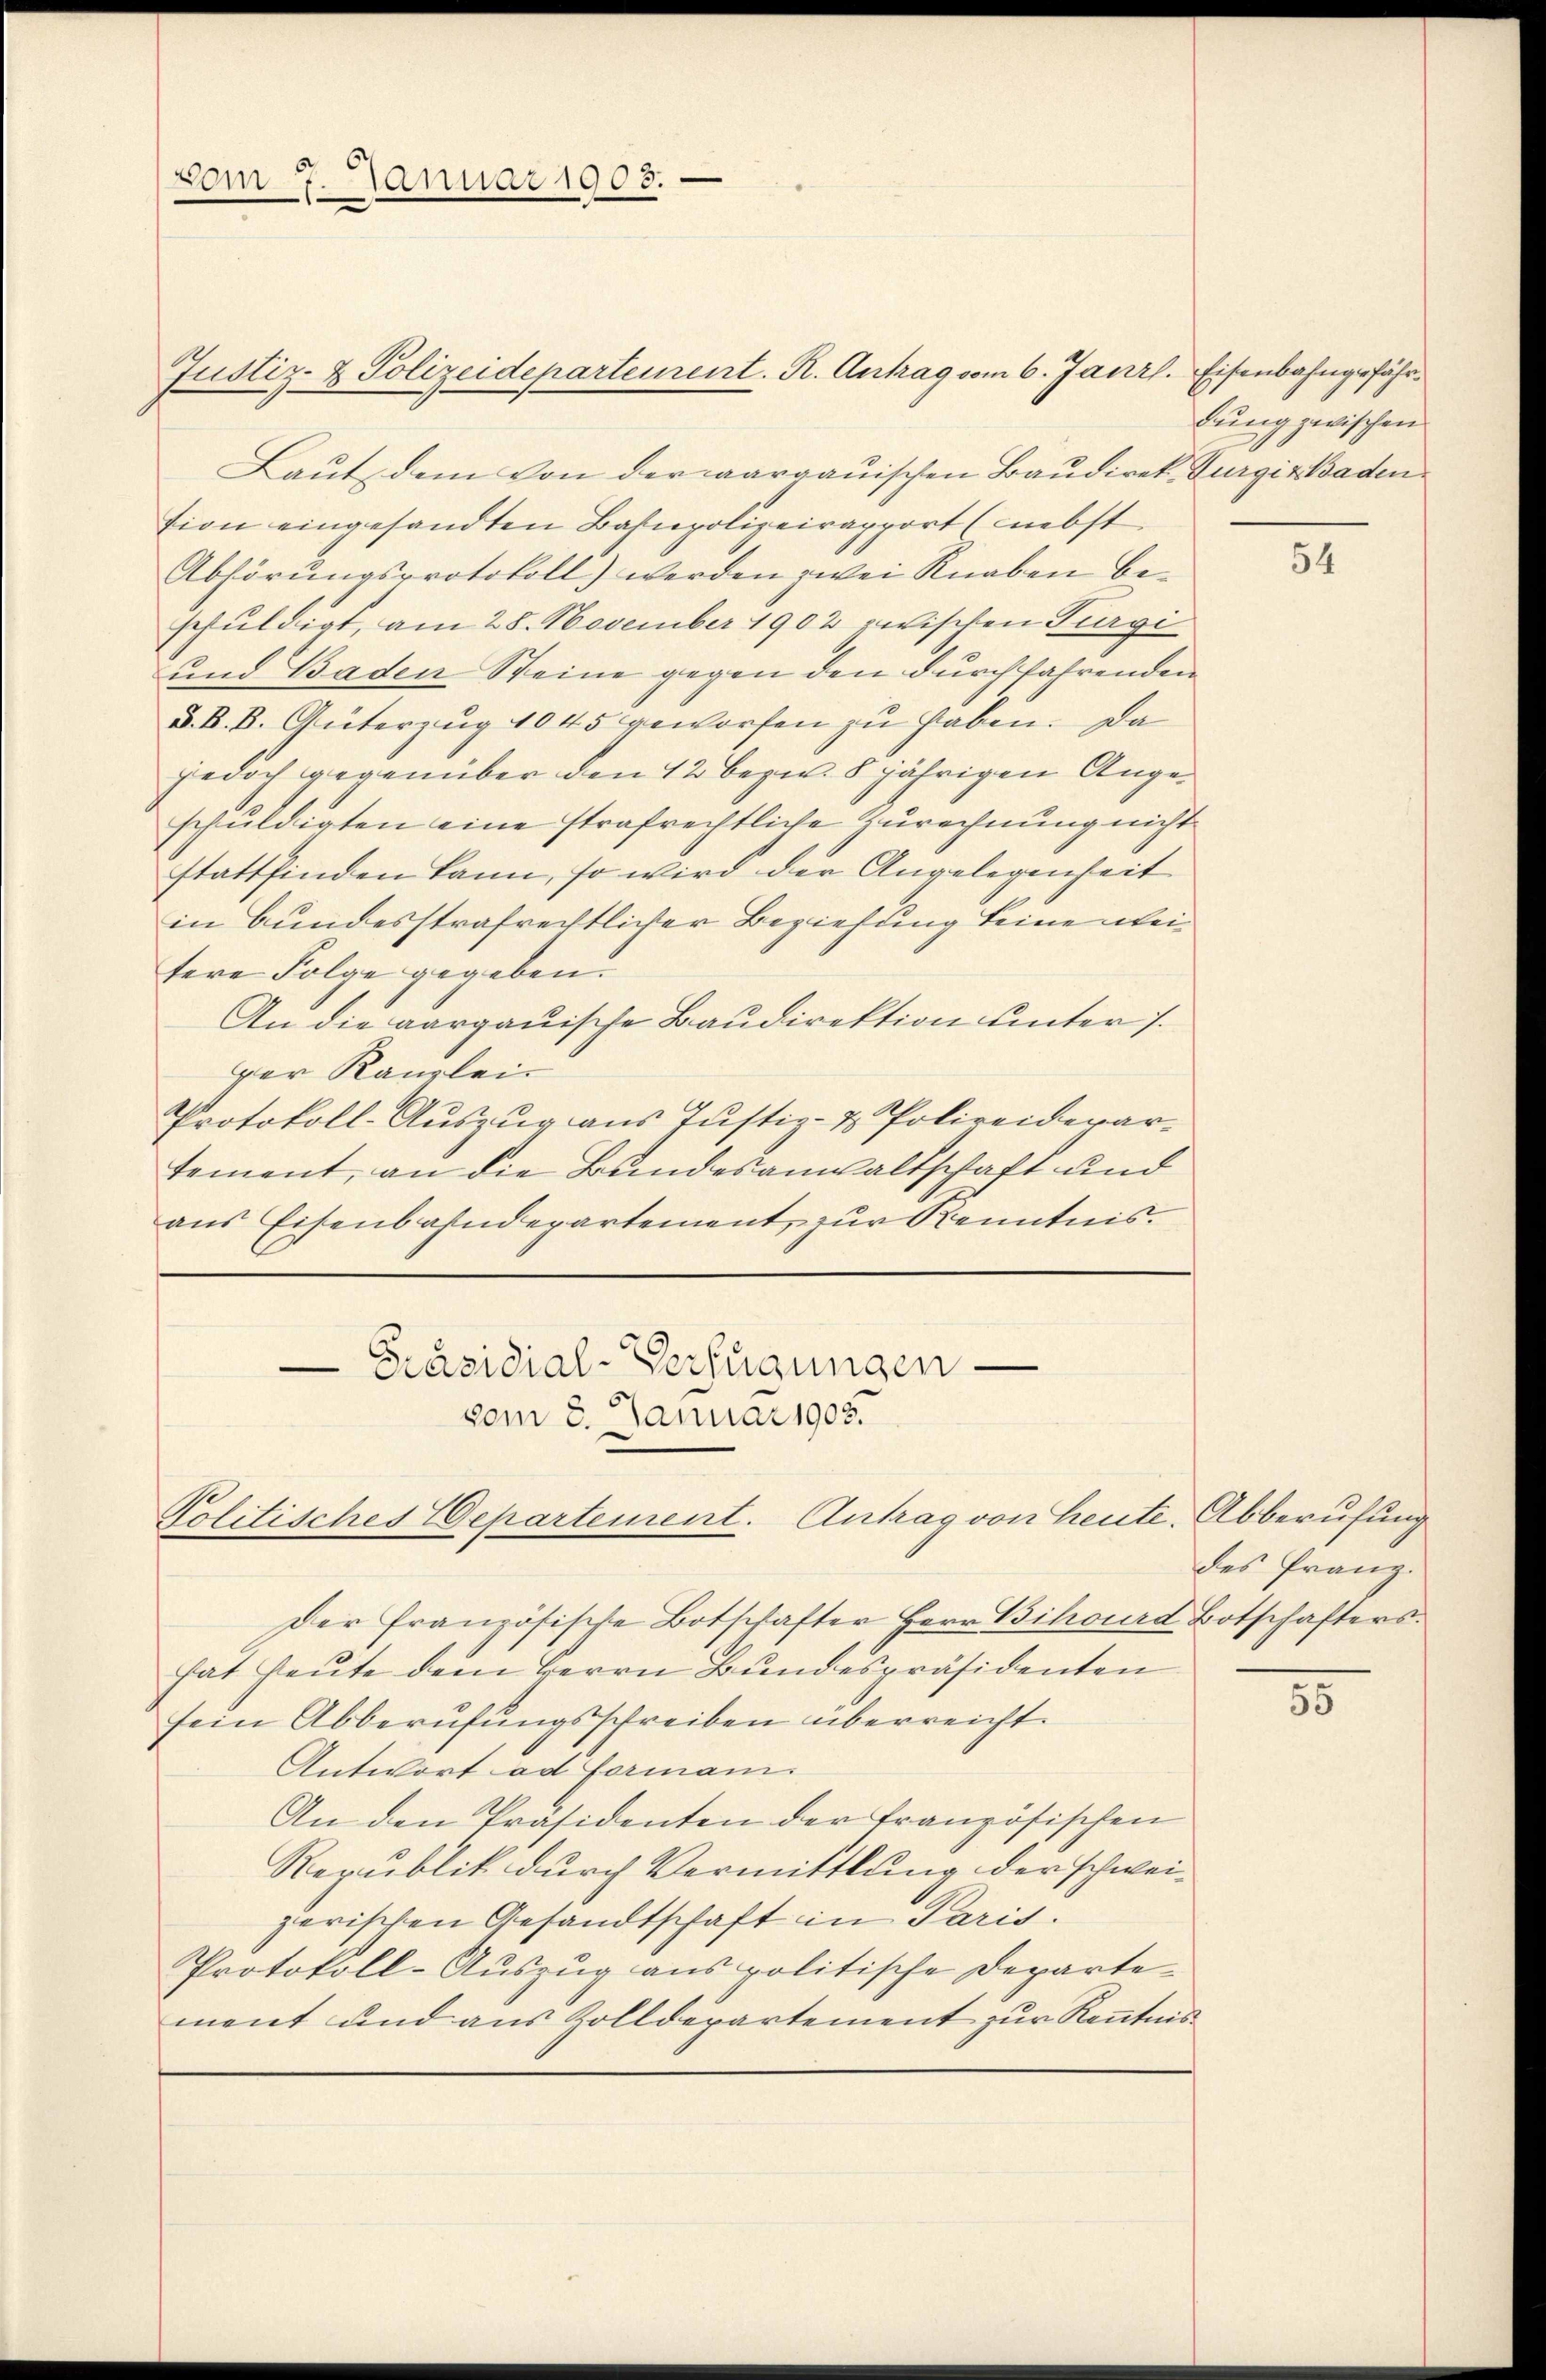
Justiz- & Polizeidepartement. R. Antrag vom 6. Janz. Eisenbahngefähr¬
Laut dem von der aargauischen Baŭdirek- Burgir Baden
tion eingesandten Bahnpolizeirapport (nebst
Abhörungsprotokoll) werden zwei Knaben beschuldigt, am 28. November 1902 zwischen Purgi
und Baden Steine gegen den durch fahrenden
D. B. B. Güterzug 1045 geworfen zu haben. Da
jedoch gegenüber den 12 bezw. 8jährigen Angeschuldigten eine strafrechtliche Zurechnung nicht
stattfinden kann, so wird der Angelegenheit
in bundesstrafrechtlicher Beziehung keine keitere Folge gegeben.
An die aargauische Baudirektion unter 7.
ger Kanzlei
Protokoll-Auszug aus Justiz- & Polizeiderartement, an die Bundesanwaltschaft und
aus Eisenbahndepartement zur Kenntnis.
Präsidial-Verfügungen
vom 8. Januar 1903.

Der französische Botschafter Herr Bihourd Botschafters.
hat heute dem Herrn Bundespräsidenten
sein Abberufungsschreiben überreicht.
Antwort ad Formani
An den Präsidenten der französischen
Republik durch Vermittlung der schweizerischen Gesandtschaft in Paris.
Protokoll-Auszug aus politische Departement und aus Zolldepartement zur Kenntnis

vom 7. Januar 1905.

Politisches Departement. Antrag von heute. Abberufung

dung zwischen

54

des Franz.

55